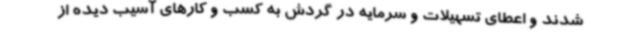
شدند و اعطای تسهیلات و سرمایه در گردش به کسب و کارهای آسیب دیده از